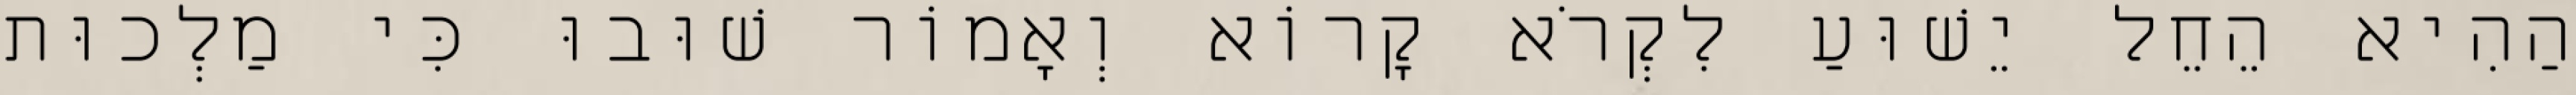
הַהִיא הֵחֵל יֵשׁוּעַ לִקְרֹא קָרוֹא וְאָמוֹר שׁוּבוּ כִּי מַלְכוּת